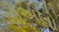
શોઅલો